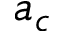
a _ { c }